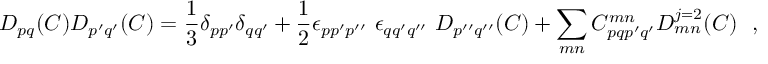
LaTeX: \displaystyle D _ { p q } ( C ) D _ { p ^ { \prime } q ^ { \prime } } ( C ) = \frac { 1 } { 3 } \delta _ { p p ^ { \prime } } \delta _ { q q ^ { \prime } } + \frac { 1 } { 2 } \epsilon _ { p p ^ { \prime } p ^ { \prime \prime } } ~ \epsilon _ { q q ^ { \prime } q ^ { \prime \prime } } ~ D _ { p ^ { \prime \prime } q ^ { \prime \prime } } ( C ) + \sum _ { m n } C _ { p q p ^ { \prime } q ^ { \prime } } ^ { m n } { \cal D } _ { m n } ^ { j = 2 } ( C ) ~ ~ ,